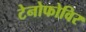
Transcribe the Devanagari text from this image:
टेनोफोविर